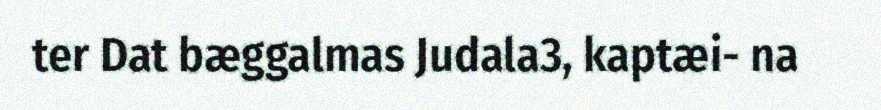
ter Dat bæggalmas Judala3, kaptæi- na